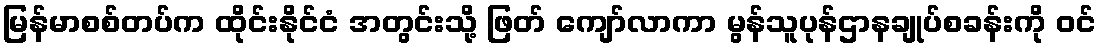
မြန်မာစစ်တပ်က ထိုင်းနိုင်ငံ အတွင်းသို့ ဖြတ် ကျော်လာကာ မွန်သူပုန်ဌာနချုပ်စခန်းကို ဝင်